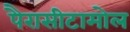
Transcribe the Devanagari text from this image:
पैरासीटामोल